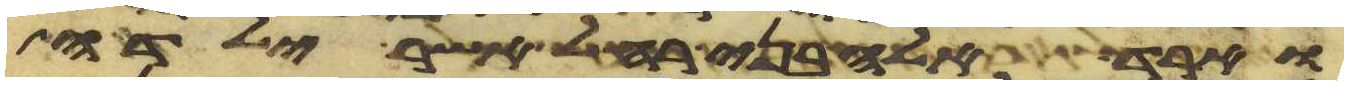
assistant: וארד אלה בני רחל אשר ילדה